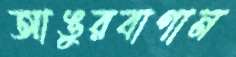
আঙুরবাগান